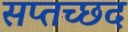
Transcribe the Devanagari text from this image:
सप्तच्छद